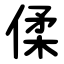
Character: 㑱